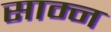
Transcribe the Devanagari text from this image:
साम्न